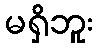
မရှိဘူး